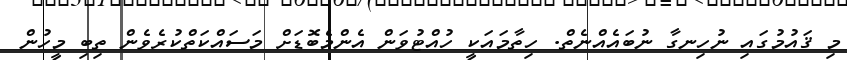
މި ޤައުމުގައި ނުހިނގާ ނުބައެއްނެތް. ހިތާމައަކީ ހުއްޓުވަން އެންމެބޮޑަށް މަސައްކަތްކުރެވެން ތިބި މީހުން